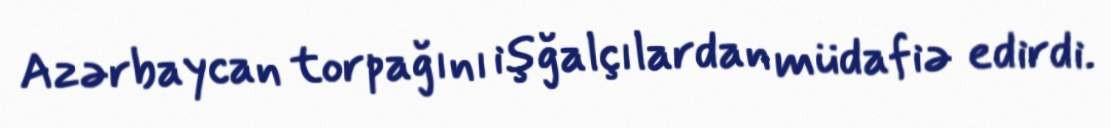
Azərbaycan torpağını işğalçılardan müdafiə edirdi.